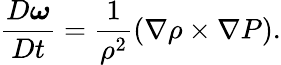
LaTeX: \frac{D\boldsymbol{\omega}}{Dt}=\frac{1}{\rho^{2}}\left(\nabla\rho\times\nabla P\right).